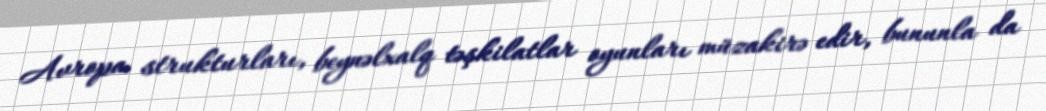
Avropa strukturları, beynəlxalq təşkilatlar oyunları müzakirə edir, bununla da